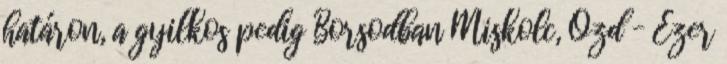
határon, a gyilkos pedig Borsodban Miskolc, Ózd – Ezer